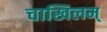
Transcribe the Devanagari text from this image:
चाखिलम्